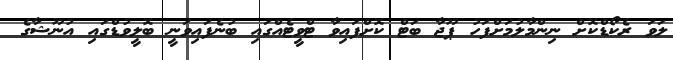
ލަވަ ރެކޯޑްކޮށް ނިންމާލުމަށްފަހު ޕޫޖާ ބަޓް ކޮށްފައިވާ ޓްވީޓެއްގައި ބުނެފައިވަނީ ބޮލީވުޑްގައި އުނޫޝާގެ